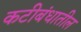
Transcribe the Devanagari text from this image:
कटीबंधातील